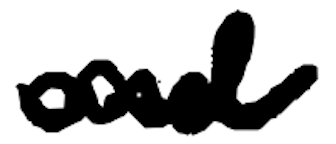
Text: and
Cross-out: mix
Writing tool: digital_black